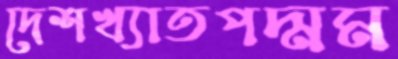
দেশখ্যাতপদ্মম